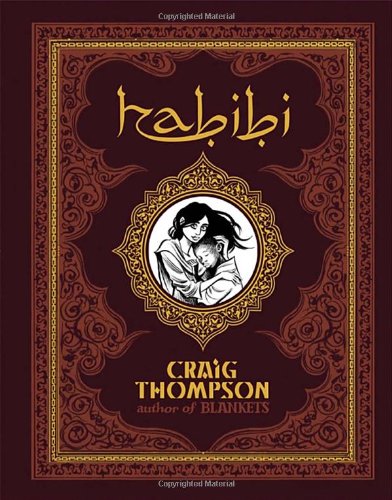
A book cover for Habibi; Craig Thompson; Literature & Fiction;